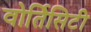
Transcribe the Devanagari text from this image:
वोर्तिसिटी